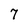
Character: 7